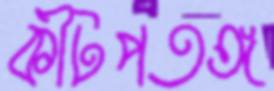
কীটপতঙ্গ